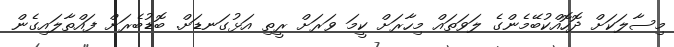
މިސާލަކަށް ދޮހޮއްކުބޭމެންގެ ލަވަތައް މިހާރަށް ކީމަ ވަރަށް ރީތި އަޅުގަނޑަށް. ބޮޑުބެރަށް ފައްތާލައިގެން